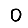
Digit: 0